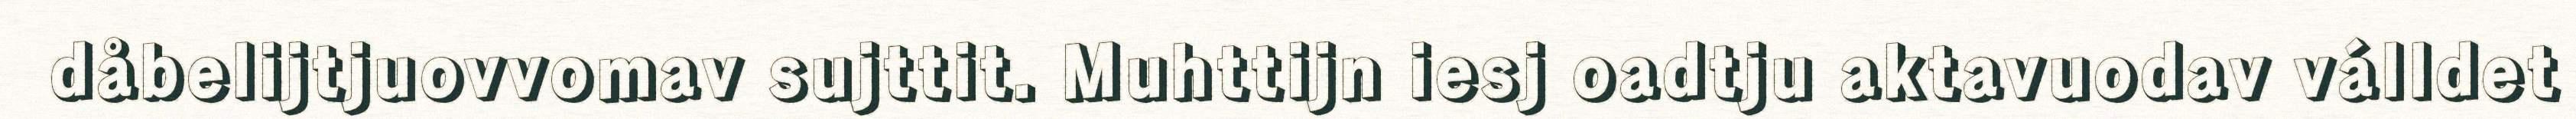
dåbelijtjuovvomav sujttit. Muhttijn iesj oadtju aktavuodav válldet